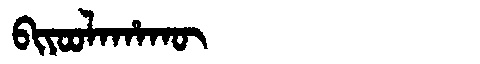
Manchu: ᠪᡳᠶᠣᠣᠯᠠᡥᠠᡴᡡ
Romanization: BIYOOLAHAKŪ